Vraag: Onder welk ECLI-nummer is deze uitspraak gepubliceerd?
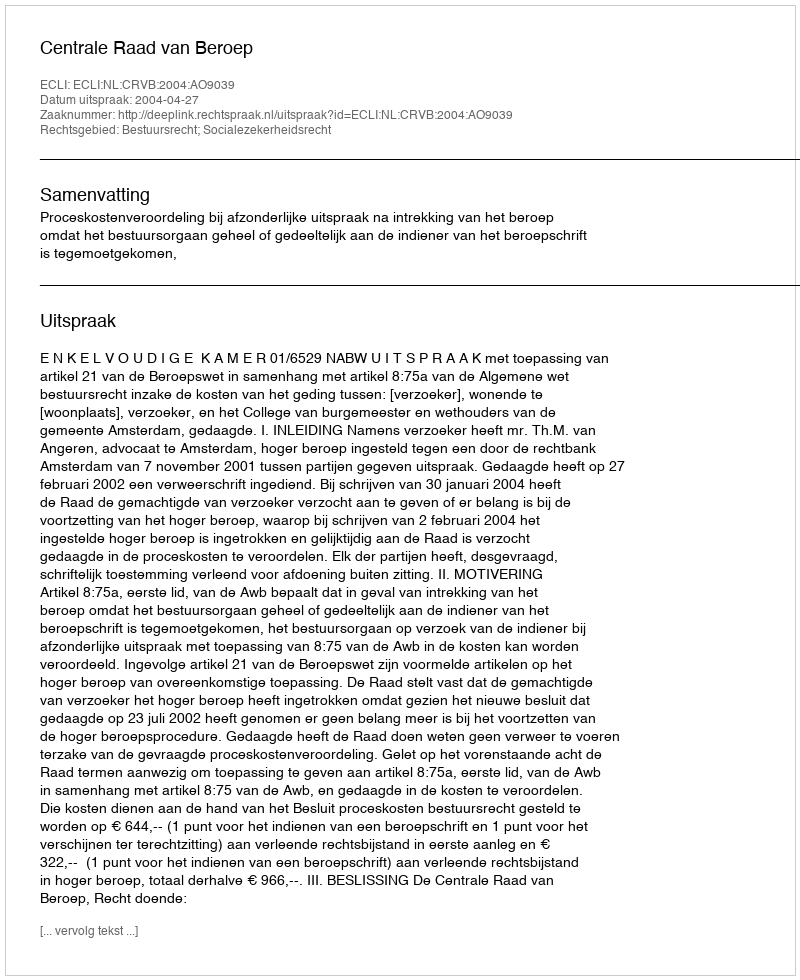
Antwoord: ECLI:NL:CRVB:2004:AO9039